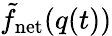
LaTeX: \tilde{f}_{\mathrm{net}}(q(t))